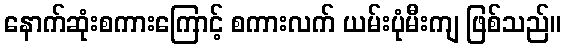
နောက်ဆုံးစကားကြောင့် စကားလက် ယမ်းပုံမီးကျ ဖြစ်သည်။